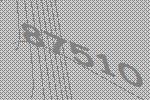
87510